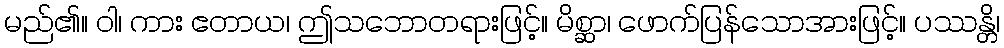
မည်၏။ ဝါ၊ ကား ဧတာယ၊ ဤသဘောတရားဖြင့်။ မိစ္ဆာ၊ ဖောက်ပြန်သောအားဖြင့်။ ပဿန္တိ၊